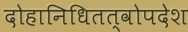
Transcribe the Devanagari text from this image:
दोहानिधितत्वोपदेश